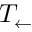
T _ { \leftarrow }